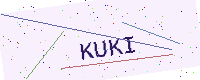
Text: KUKI